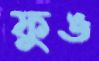
ফুঙ